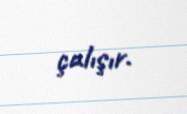
çalışır.